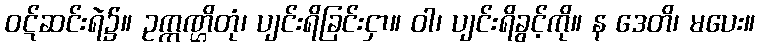
ဝဋ်ဆင်းရဲ၌။ ဥက္ကဏ္ဌိတုံ၊ ပျင်းရိခြင်းငှာ။ ဝါ၊ ပျင်းရိခွင့်ကို။ န ဒေတိ၊ မပေး။